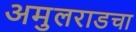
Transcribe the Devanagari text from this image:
अमुलराडचा